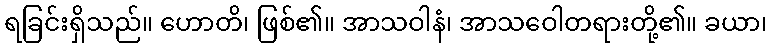
ရခြင်းရှိသည်။ ဟောတိ၊ ဖြစ်၏။ အာသဝါနံ၊ အာသဝေါတရားတို့၏။ ခယာ၊